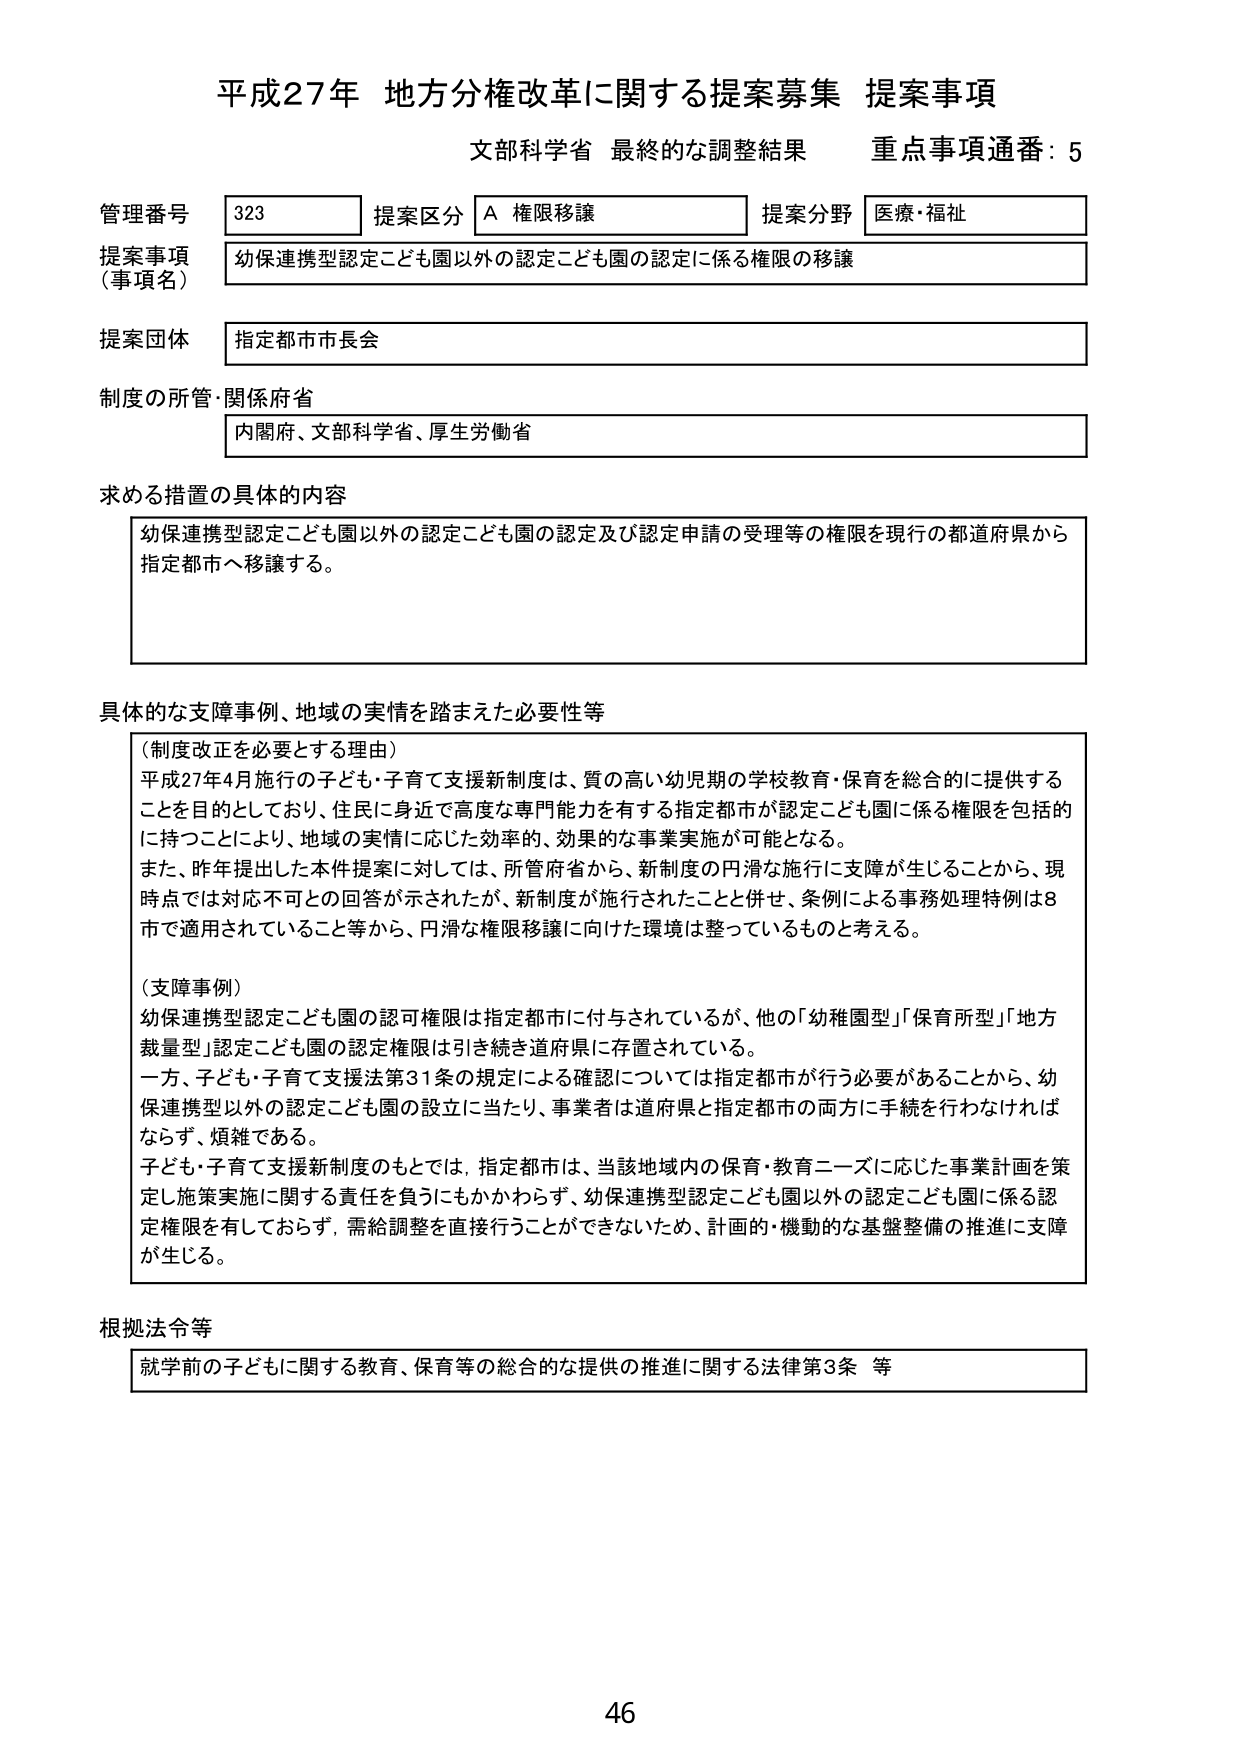
平成27年 地方分権改革に関する提案募集 提案事項
文部科学省 最終的な調整結果 重点事項通番：5

管理番号 323 提案区分 A 権限移譲 提案分野 医療・福祉
提案事項（事項名） 幼保連携型認定こども園以外の認定こども園の認定に係る権限の移譲
提案団体 指定都市市長会
制度の所管・関係府省 内閣府、文部科学省、厚生労働省

求める措置の具体的内容
幼保連携型認定こども園以外の認定こども園の認定及び認定申請の受理等の権限を現行の都道府県から指定都市へ移譲する。

具体的な支障事例、地域の実情を踏まえた必要性等
（制度改正を必要とする理由）
平成27年4月施行の子ども・子育て支援新制度は、質の高い幼児期の学校教育・保育を総合的に提供することを目的としており、住民に身近で高度な専門能力を有する指定都市が認定こども園に係る権限を包括的に持つことにより、地域の実情に応じた効率的、効果的な事業実施が可能となる。
また、昨年提出した本件提案に対しては、所管府省から、新制度の円滑な施行に支障が生じることから、現時点では対応不可との回答が示されたが、新制度が施行されたことと併せ、条例による事務処理特例は8市で適用されていること等から、円滑な権限移譲に向けた環境は整っているものと考える。

（支障事例）
幼保連携型認定こども園の認可権限は指定都市に付与されているが、他の「幼稚園型」「保育所型」「地方裁量型」認定こども園の認定権限は引き続き道府県に存置されている。
一方、子ども・子育て支援法第31条の規定による確認については指定都市が行う必要があることから、幼保連携型以外の認定こども園の設立に当たり、事業者は道府県と指定都市の両方に手続を行わなければならず、煩雑である。
子ども・子育て支援新制度のもとでは、指定都市は、当該地域内の保育・教育ニーズに応じた事業計画を策定し施策実施に関する責任を負うにもかかわらず、幼保連携型認定こども園以外の認定こども園に係る認定権限を有しておらず、需給調整を直接行うことができないため、計画的・機動的な基盤整備の推進に支障が生じる。

根拠法令等
就学前の子どもに関する教育、保育等の総合的な提供の推進に関する法律第3条 等

46